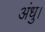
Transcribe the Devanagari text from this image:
अंधु।